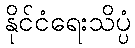
နိုင်ငံရေးသိပ္ပံ